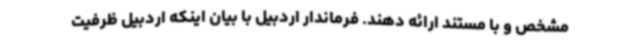
مشخص و با مستند ارائه دهند. فرماندار اردبیل با بیان اینکه اردبیل ظرفیت